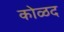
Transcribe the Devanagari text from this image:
कोळद